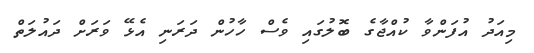
މިއަދު އުފަންވާ ކުއްޖާގެ ބޮލުގައި ވެސް ހާހުން ދަރަނި އެޅޭ ވަރަށް ދައުލަތް